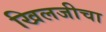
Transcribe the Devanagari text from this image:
खिलजीचा